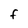
Character: f